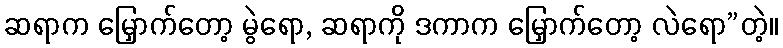
ဆရာက မြှောက်တော့ မွဲရော, ဆရာကို ဒကာက မြှောက်တော့ လဲရော”တဲ့။